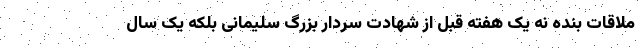
ملاقات بنده نه یک هفته قبل از شهادت سردار بزرگ سلیمانی بلکه یک سال